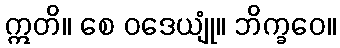
ဣတိ။ စေ ဝဒေယျုံ။ ဘိက္ခဝေ။